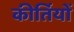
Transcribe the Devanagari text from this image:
कीर्तियों